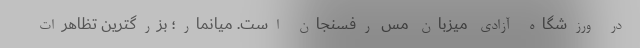
در ورزشگاه آزادی میزبان مس رفسنجان است. میانمار؛ بزرگترین تظاهرات